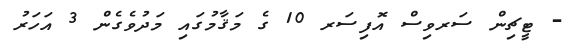
- ޓީޗިން ސަރވިސް އޮފިސަރ 10 ގެ މަޤާމުގައި މަދުވެގެން 3 އަހަރު